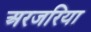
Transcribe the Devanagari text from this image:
अरजरिया